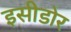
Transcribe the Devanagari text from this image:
इसीडोर